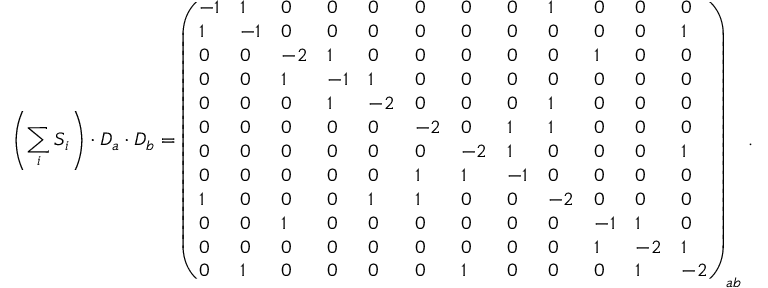
\left( \sum _ { i } S _ { i } \right) \cdot D _ { a } \cdot D _ { b } = \left( \begin{array} { l l l l l l l l l l l l } { - 1 } & { 1 } & { 0 } & { 0 } & { 0 } & { 0 } & { 0 } & { 0 } & { 1 } & { 0 } & { 0 } & { 0 } \\ { 1 } & { - 1 } & { 0 } & { 0 } & { 0 } & { 0 } & { 0 } & { 0 } & { 0 } & { 0 } & { 0 } & { 1 } \\ { 0 } & { 0 } & { - 2 } & { 1 } & { 0 } & { 0 } & { 0 } & { 0 } & { 0 } & { 1 } & { 0 } & { 0 } \\ { 0 } & { 0 } & { 1 } & { - 1 } & { 1 } & { 0 } & { 0 } & { 0 } & { 0 } & { 0 } & { 0 } & { 0 } \\ { 0 } & { 0 } & { 0 } & { 1 } & { - 2 } & { 0 } & { 0 } & { 0 } & { 1 } & { 0 } & { 0 } & { 0 } \\ { 0 } & { 0 } & { 0 } & { 0 } & { 0 } & { - 2 } & { 0 } & { 1 } & { 1 } & { 0 } & { 0 } & { 0 } \\ { 0 } & { 0 } & { 0 } & { 0 } & { 0 } & { 0 } & { - 2 } & { 1 } & { 0 } & { 0 } & { 0 } & { 1 } \\ { 0 } & { 0 } & { 0 } & { 0 } & { 0 } & { 1 } & { 1 } & { - 1 } & { 0 } & { 0 } & { 0 } & { 0 } \\ { 1 } & { 0 } & { 0 } & { 0 } & { 1 } & { 1 } & { 0 } & { 0 } & { - 2 } & { 0 } & { 0 } & { 0 } \\ { 0 } & { 0 } & { 1 } & { 0 } & { 0 } & { 0 } & { 0 } & { 0 } & { 0 } & { - 1 } & { 1 } & { 0 } \\ { 0 } & { 0 } & { 0 } & { 0 } & { 0 } & { 0 } & { 0 } & { 0 } & { 0 } & { 1 } & { - 2 } & { 1 } \\ { 0 } & { 1 } & { 0 } & { 0 } & { 0 } & { 0 } & { 1 } & { 0 } & { 0 } & { 0 } & { 1 } & { - 2 } \end{array} \right) _ { a b } \, .